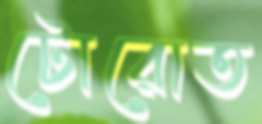
টোরোত